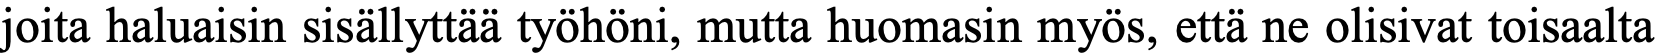
joita haluaisin sisällyttää työhöni, mutta huomasin myös, että ne olisivat toisaalta